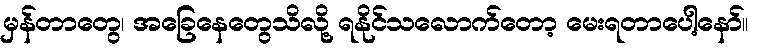
မှန်တာတွေ၊ အခြေနေတွေသိလို့ ရနိုင်သလောက်တော့ မေးရတာပေါ့နော်။